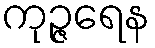
ကုဉ္ဇရေန